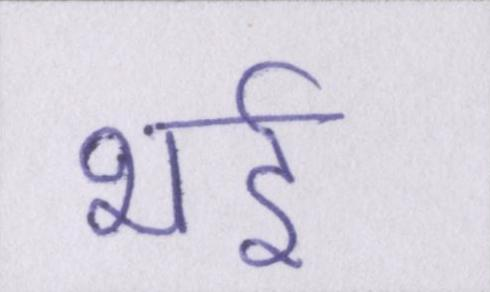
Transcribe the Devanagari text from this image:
भई